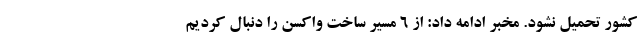
کشور تحمیل نشود. مخبر ادامه داد: از ۶ مسیر ساخت واکسن را دنبال کردیم